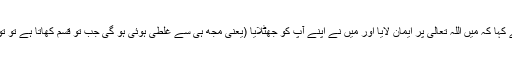
سیدنا عیسیٰؑ نے کہا کہ میں اللہ تعالیٰ پر ایمان لایا اور میں نے اپنے آپ کو جھٹلایا (یعنی مجھ ہی سے غلطی ہوئی ہو گی جب تو قسم کھاتا ہے تو تو ہی سچا ہے )۔